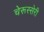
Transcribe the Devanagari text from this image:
चेरूस्सेरी